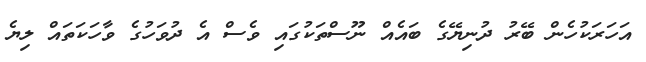
އަހަރަކުހެން ބޭރު ދުނިޔޭގެ ބައެއް ނޫސްތަކުގައި ވެސް އެ ދުވަހުގެ ވާހަކަތައް ލިޔެ